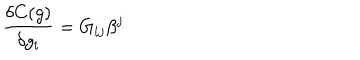
{ \frac { \delta C ( g ) } { \delta g _ { i } } } = G _ { i j } \beta ^ { j }